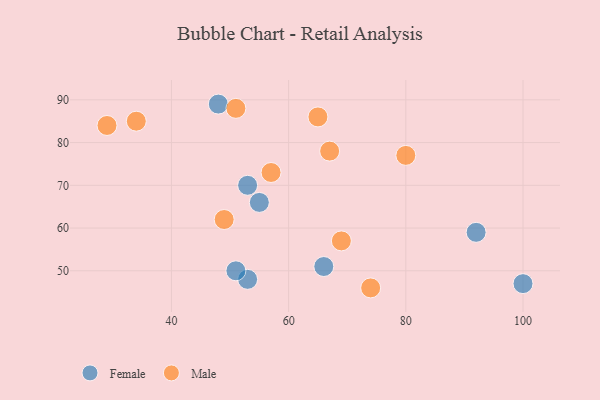
{"axis": {"x": "GDP", "y": "Life Expectancy"}, "legend": ["Female", "Male"], "data": [{"x": "48", "y": 89, "type": "Female"}, {"x": "66", "y": 51, "type": "Female"}, {"x": "92", "y": 59, "type": "Female"}, {"x": "53", "y": 48, "type": "Female"}, {"x": "51", "y": 50, "type": "Female"}, {"x": "100", "y": 47, "type": "Female"}, {"x": "55", "y": 66, "type": "Female"}, {"x": "53", "y": 70, "type": "Female"}, {"x": "49", "y": 62, "type": "Male"}, {"x": "51", "y": 88, "type": "Male"}, {"x": "69", "y": 57, "type": "Male"}, {"x": "34", "y": 85, "type": "Male"}, {"x": "67", "y": 78, "type": "Male"}, {"x": "80", "y": 77, "type": "Male"}, {"x": "74", "y": 46, "type": "Male"}, {"x": "57", "y": 73, "type": "Male"}, {"x": "65", "y": 86, "type": "Male"}, {"x": "29", "y": 84, "type": "Male"}]}